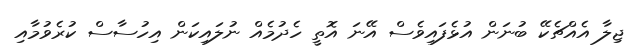
ޖިލާ އެއްޗެކޭ ބުނަން އުޅެފައިވެސް އޭނަ އޮތީ ހެދުމެއް ނުލައިކަން އިހުސާސް ކުރެވުމާއި